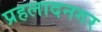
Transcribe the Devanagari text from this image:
प्रहलादनगर